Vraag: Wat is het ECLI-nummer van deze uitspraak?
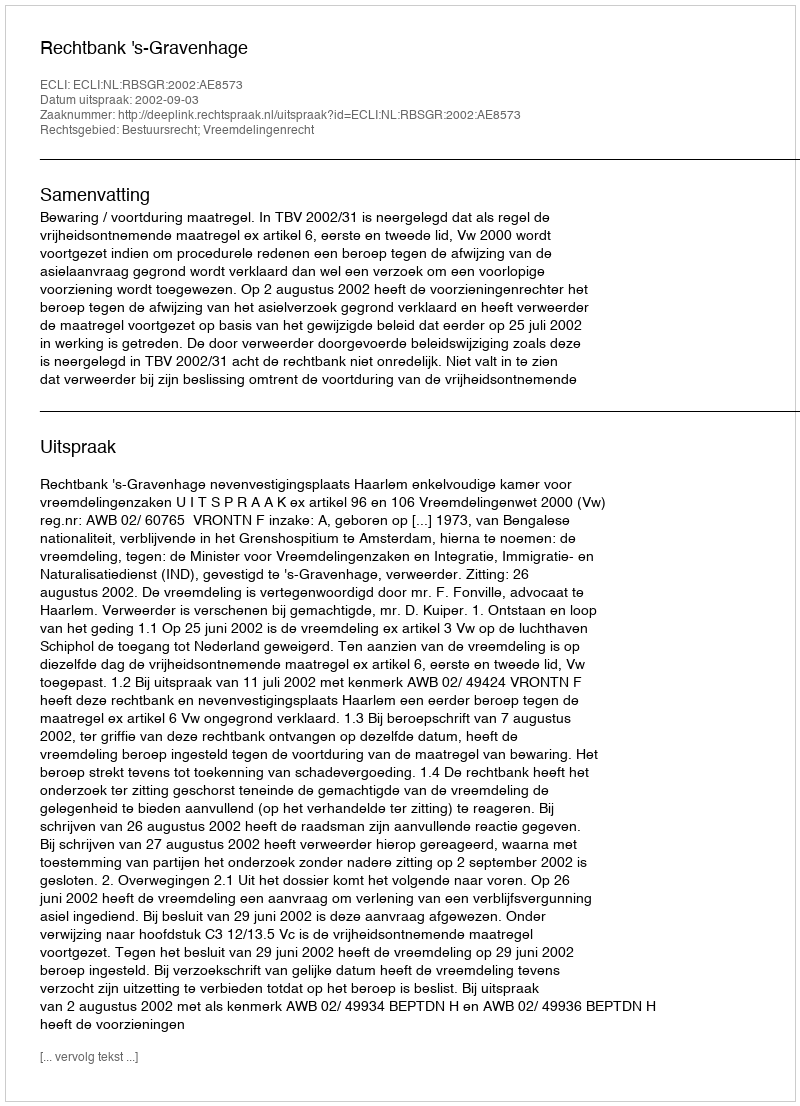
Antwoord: ECLI:NL:RBSGR:2002:AE8573